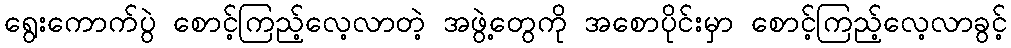
ရွေးကောက်ပွဲ စောင့်ကြည့်လေ့လာတဲ့ အဖွဲ့တွေကို အစောပိုင်းမှာ စောင့်ကြည့်လေ့လာခွင့်